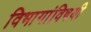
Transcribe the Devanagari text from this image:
विभागांविषयी